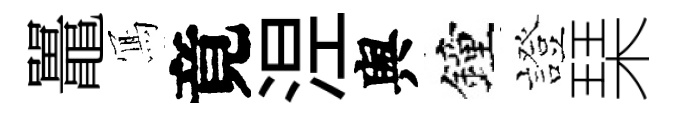
鼉𭂁竟𣵀舆鐘證琹